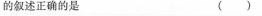
的叙述正确的是 ()